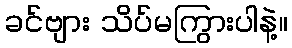
ခင်ဗျား သိပ်မကြွားပါနဲ့။